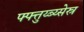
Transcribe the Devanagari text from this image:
फ्फ्त्तुय्ब्य्सेस्र